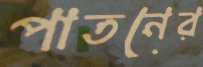
পাতনের